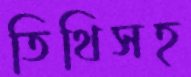
তিথিসহ